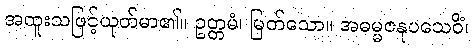
အထူးသဖြင့်ယုတ်မာ၏။ ဥတ္တမံ၊ မြတ်သော။ အဓမ္မဇနုပသေဝိံ၊